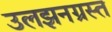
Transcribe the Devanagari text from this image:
उलझनग्रस्त